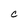
Character: c